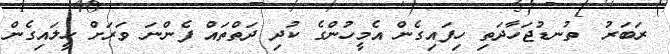
ރަބަރު  ތުނޑުޖަހާދަތި ހިފައިގެން އެމީހުންގެ ކުދި ދަތްތައް ފެންނަ ވަރަށް ހީލައިގެން